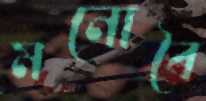
মনোবৈ